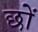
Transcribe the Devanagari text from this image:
छों